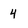
Character: 4